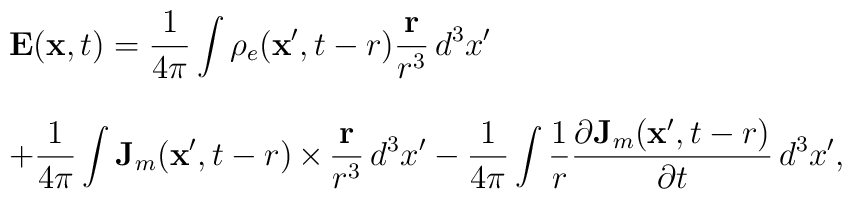
\begin{array}{l}\mathbf{E}(\mathbf{x},t) =\displaystyle\frac{1}{4\pi}\int\rho_e(\mathbf{x}',t-r)\frac{\mathbf{r}}{r^3}\,d^3x'\\~\\+\displaystyle\frac{1}{4\pi}\int\mathbf{J}_m(\mathbf{x}',t-r)\,{\bf\times}\,\frac{\mathbf{r}}{r^3}\,d^3x'-\displaystyle\frac{1}{4\pi}\int\frac{1}{r}\frac{\partial\mathbf{J}_m(\mathbf{x}',t-r)}{\partial t}\,d^3x' ,\end{array}